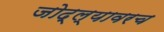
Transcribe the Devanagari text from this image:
जोद्ल्यावरच